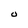
Character: 0